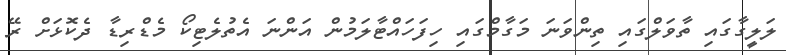
ލަލީގާގައި ތާވަލްގައި ތިންވަނަ މަގާމްގައި ހިފަހައްޓާލަމުން އަންނަ އެތުލެޓިކޯ މެޑްރިޑާ ދެކޮޅަށް ރޭ